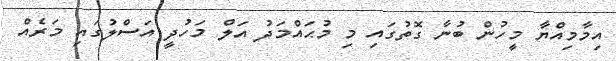
އިމާމިއްޔާ މީހުން ބުނާ ގޮތުގައި މި މުޙައްމަދު އަލް މަހުދީ އަސްލުގައި މަރެއް